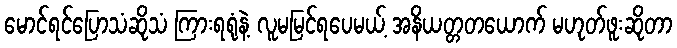
မောင်ရင်ပြောသံဆိုသံ ကြားရရုံနဲ့ လူမမြင်ရပေမယ့် အနိယတ္တတယောက် မဟုတ်ဖူးဆိုတာ